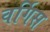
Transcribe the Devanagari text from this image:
वर्गिस